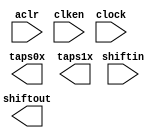
// This program was cloned from: https://github.com/cxdzyq1110/posture_recognition_CNN
// License: GNU General Public License v3.0

// megafunction wizard: %Shift register (RAM-based)%VBB%
// GENERATION: STANDARD
// VERSION: WM1.0
// MODULE: ALTSHIFT_TAPS 

// ============================================================
// Megafunction Name(s):
// 			ALTSHIFT_TAPS
//
// Simulation Library Files(s):
// 			altera_mf
// ============================================================
// ************************************************************
// THIS IS A WIZARD-GENERATED FILE. DO NOT EDIT THIS FILE!
//
// 14.0.0 Build 200 06/17/2014 SJ Full Version
// ************************************************************

//Copyright (C) 1991-2014 Altera Corporation. All rights reserved.
//Your use of Altera Corporation's design tools, logic functions 
//and other software and tools, and its AMPP partner logic 
//functions, and any output files from any of the foregoing 
//(including device programming or simulation files), and any 
//associated documentation or information are expressly subject 
//to the terms and conditions of the Altera Program License 
//Subscription Agreement, the Altera Quartus II License Agreement,
//the Altera MegaCore Function License Agreement, or other 
//applicable license agreement, including, without limitation, 
//that your use is for the sole purpose of programming logic 
//devices manufactured by Altera and sold by Altera or its 
//authorized distributors.  Please refer to the applicable 
//agreement for further details.

module line_buf_200pts_2lines (
	aclr,
	clken,
	clock,
	shiftin,
	shiftout,
	taps0x,
	taps1x);

	input	  aclr;
	input	  clken;
	input	  clock;
	input	[8:0]  shiftin;
	output	[8:0]  shiftout;
	output	[8:0]  taps0x;
	output	[8:0]  taps1x;
`ifndef ALTERA_RESERVED_QIS
// synopsys translate_off
`endif
	tri1	  aclr;
	tri1	  clken;
`ifndef ALTERA_RESERVED_QIS
// synopsys translate_on
`endif

endmodule

// ============================================================
// CNX file retrieval info
// ============================================================
// Retrieval info: PRIVATE: ACLR NUMERIC "1"
// Retrieval info: PRIVATE: CLKEN NUMERIC "1"
// Retrieval info: PRIVATE: GROUP_TAPS NUMERIC "1"
// Retrieval info: PRIVATE: INTENDED_DEVICE_FAMILY STRING "Cyclone V"
// Retrieval info: PRIVATE: NUMBER_OF_TAPS NUMERIC "2"
// Retrieval info: PRIVATE: RAM_BLOCK_TYPE NUMERIC "1"
// Retrieval info: PRIVATE: SYNTH_WRAPPER_GEN_POSTFIX STRING "0"
// Retrieval info: PRIVATE: TAP_DISTANCE NUMERIC "200"
// Retrieval info: PRIVATE: WIDTH NUMERIC "9"
// Retrieval info: LIBRARY: altera_mf altera_mf.altera_mf_components.all
// Retrieval info: CONSTANT: INTENDED_DEVICE_FAMILY STRING "Cyclone V"
// Retrieval info: CONSTANT: LPM_HINT STRING "RAM_BLOCK_TYPE=M10K"
// Retrieval info: CONSTANT: LPM_TYPE STRING "altshift_taps"
// Retrieval info: CONSTANT: NUMBER_OF_TAPS NUMERIC "2"
// Retrieval info: CONSTANT: TAP_DISTANCE NUMERIC "200"
// Retrieval info: CONSTANT: WIDTH NUMERIC "9"
// Retrieval info: USED_PORT: aclr 0 0 0 0 INPUT VCC "aclr"
// Retrieval info: USED_PORT: clken 0 0 0 0 INPUT VCC "clken"
// Retrieval info: USED_PORT: clock 0 0 0 0 INPUT NODEFVAL "clock"
// Retrieval info: USED_PORT: shiftin 0 0 9 0 INPUT NODEFVAL "shiftin[8..0]"
// Retrieval info: USED_PORT: shiftout 0 0 9 0 OUTPUT NODEFVAL "shiftout[8..0]"
// Retrieval info: USED_PORT: taps0x 0 0 9 0 OUTPUT NODEFVAL "taps0x[8..0]"
// Retrieval info: USED_PORT: taps1x 0 0 9 0 OUTPUT NODEFVAL "taps1x[8..0]"
// Retrieval info: CONNECT: @aclr 0 0 0 0 aclr 0 0 0 0
// Retrieval info: CONNECT: @clken 0 0 0 0 clken 0 0 0 0
// Retrieval info: CONNECT: @clock 0 0 0 0 clock 0 0 0 0
// Retrieval info: CONNECT: @shiftin 0 0 9 0 shiftin 0 0 9 0
// Retrieval info: CONNECT: shiftout 0 0 9 0 @shiftout 0 0 9 0
// Retrieval info: CONNECT: taps0x 0 0 9 0 @taps 0 0 9 0
// Retrieval info: CONNECT: taps1x 0 0 9 0 @taps 0 0 9 9
// Retrieval info: GEN_FILE: TYPE_NORMAL line_buf_200pts_2lines.v TRUE
// Retrieval info: GEN_FILE: TYPE_NORMAL line_buf_200pts_2lines.inc FALSE
// Retrieval info: GEN_FILE: TYPE_NORMAL line_buf_200pts_2lines.cmp FALSE
// Retrieval info: GEN_FILE: TYPE_NORMAL line_buf_200pts_2lines.bsf FALSE
// Retrieval info: GEN_FILE: TYPE_NORMAL line_buf_200pts_2lines_inst.v FALSE
// Retrieval info: GEN_FILE: TYPE_NORMAL line_buf_200pts_2lines_bb.v TRUE
// Retrieval info: LIB_FILE: altera_mf